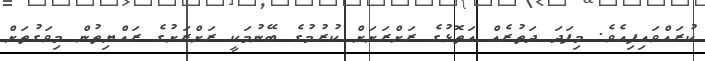
ކުރައްވައިފިއެވެ. މިފަދަ ދަތުރެއް އަތޮޅުގެ ރަށްރަށަށް ކުރުމުގެ ބޭނުމަކީ ރަށްރަށުގެ ރައްޔިތުން މިވަގުތަށް